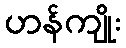
ဟန်ကျိုး